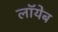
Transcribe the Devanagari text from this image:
लाॅयेब